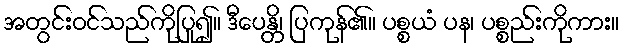
အတွင်းဝင်သည်ကိုပြု၍။ ဒီပေန္တိ၊ ပြကုန်၏။ ပစ္စယံ ပန၊ ပစ္စည်းကိုကား။